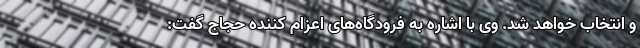
و انتخاب خواهد شد. وی با اشاره به فرودگاه‌های اعزام کننده حجاج گفت: